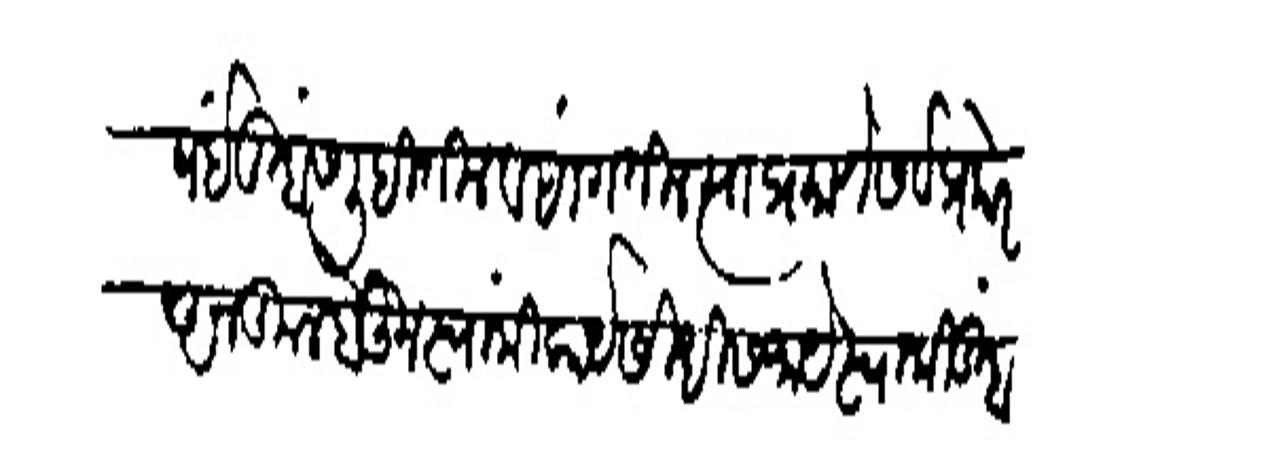
Transliteration (Devanagari): विषई तुम्हांस लिहितील व सांगतील स्याप्रमाणे सर्व प्रकारे अनकूल होऊन स्वांमी कार्य सिधीस जाये स्वामी तुम्हां